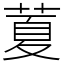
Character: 𦷜